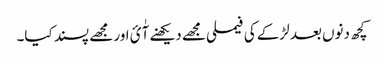
کچھ دنوں بعد لڑکے کی فیملی مجھے دیکھنے آٰئ اور مجھے پسند کیا۔